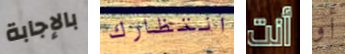
بالإجابة انتظارك أنت أو